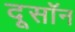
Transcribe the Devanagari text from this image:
दूसॉन